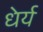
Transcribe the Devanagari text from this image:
धेर्य